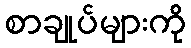
စာချုပ်များကို